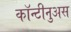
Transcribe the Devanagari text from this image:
कॉन्टीनुअस